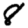
Digit: 8